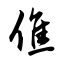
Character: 僬